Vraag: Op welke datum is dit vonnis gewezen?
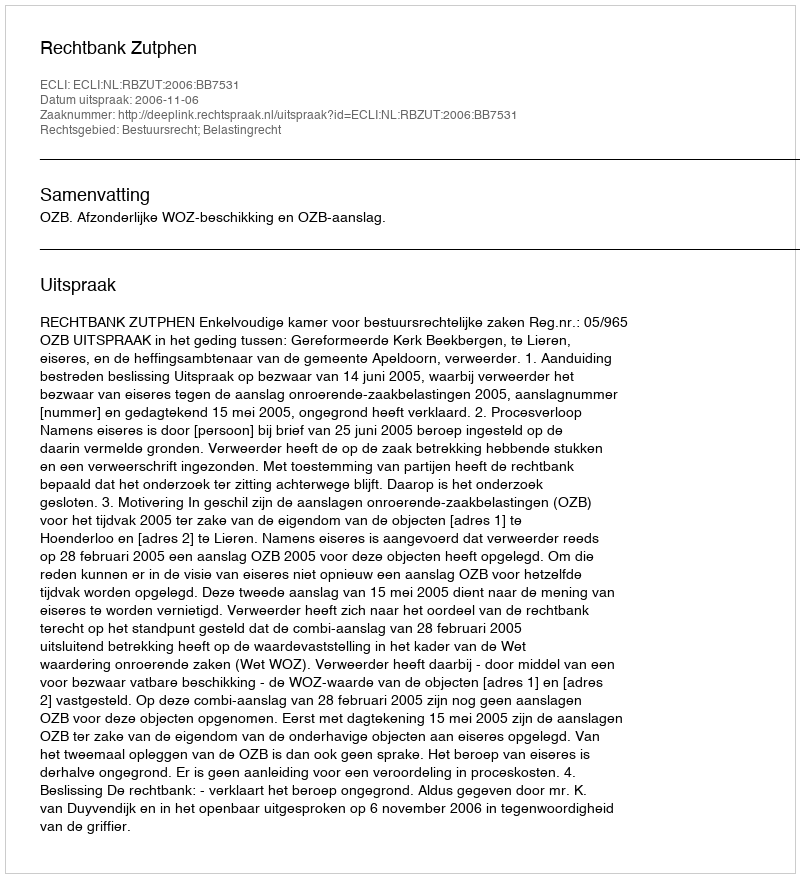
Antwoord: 2006-11-06